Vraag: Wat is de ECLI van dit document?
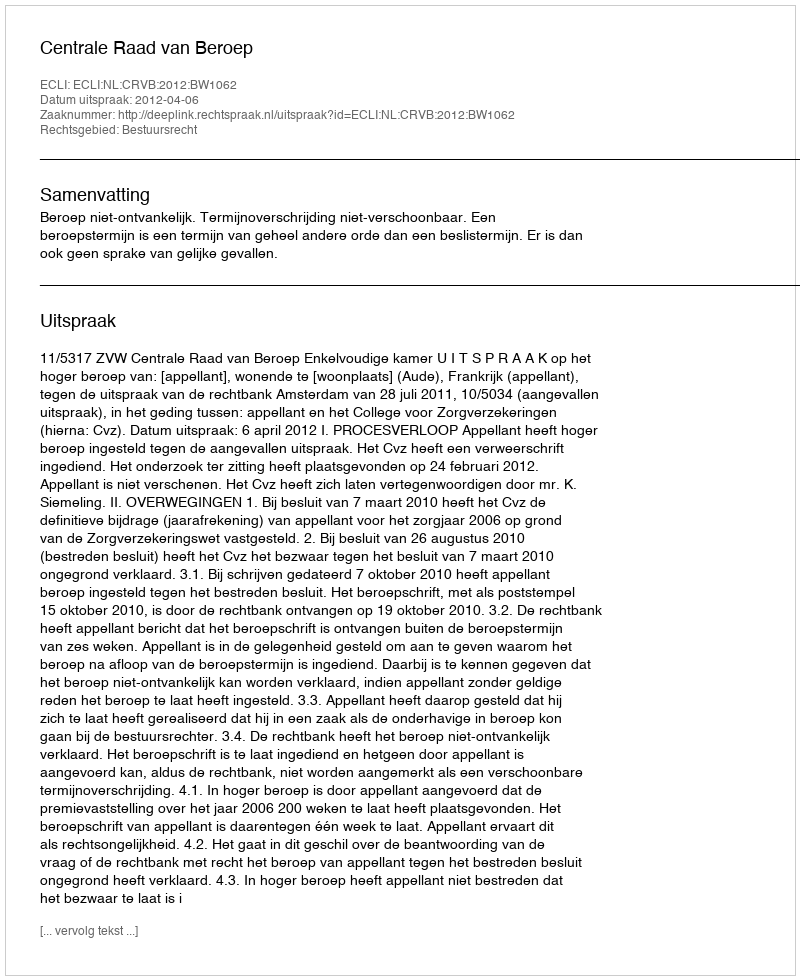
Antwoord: ECLI:NL:CRVB:2012:BW1062